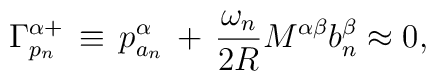
\Gamma_{p_{n}}^{\alpha +}\,\equiv\,p_{a_{n}}^{\alpha}\,+ \,\frac{\omega_{n}}{2R}M ^{\alpha \beta} b_{n}^{\beta}\approx 0,\,\,\,\,\,\,\,